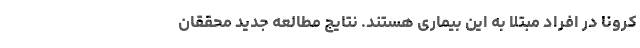
کرونا در افراد مبتلا به این بیماری هستند. نتایج مطالعه جدید محققان